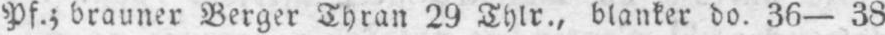
Pf.; brauner Berger Thran 29 Thlr., blanker do. 36-38